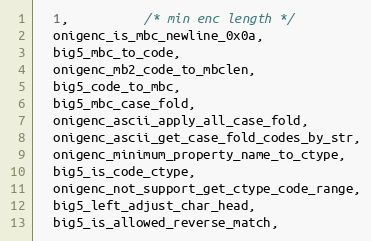
Language: C
  1,          /* min enc length */
  onigenc_is_mbc_newline_0x0a,
  big5_mbc_to_code,
  onigenc_mb2_code_to_mbclen,
  big5_code_to_mbc,
  big5_mbc_case_fold,
  onigenc_ascii_apply_all_case_fold,
  onigenc_ascii_get_case_fold_codes_by_str,
  onigenc_minimum_property_name_to_ctype,
  big5_is_code_ctype,
  onigenc_not_support_get_ctype_code_range,
  big5_left_adjust_char_head,
  big5_is_allowed_reverse_match,